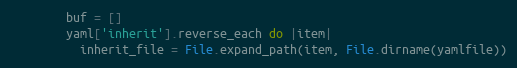
Language: Ruby
        buf = []
        yaml['inherit'].reverse_each do |item|
          inherit_file = File.expand_path(item, File.dirname(yamlfile))